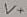
Text: V+